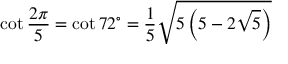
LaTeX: \cot { \frac { 2 \pi } { 5 } } = \cot 7 2 ^ { \circ } = { \frac { 1 } { 5 } } { \sqrt { 5 \left( 5 - 2 { \sqrt { 5 } } \right) } }